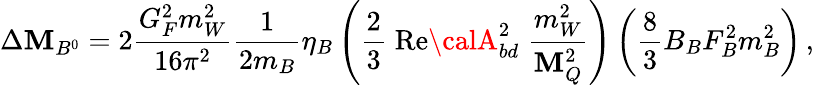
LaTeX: \Delta\mathbf{M}_{B^{0}}=2\frac{{G_{F}^{2}m_{W}^{2}}}{{16\pi^{2}}}\frac{{1}}{{2m_{B}}}\eta_{B}\left(\frac{{2}}{{3}}\; \mathrm{{Re}}{\calA}_{bd}^{2}\; \frac{{m_{W}^{2}}}{{\mathbf{M}_{Q}^{2}}}\right)\left(\frac{{8}}{{3}}B_{B}F_{B}^{2}m_{B}^{2}\right)\, ,